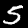
Label: 5